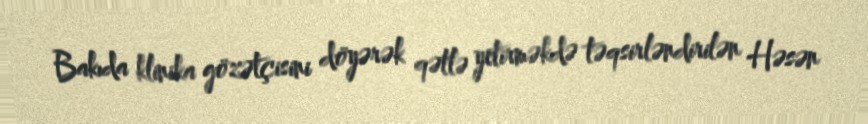
Bakıda klinika gözətçisini döyərək qətlə yetirməkdə təqsirləndirilən Həsən